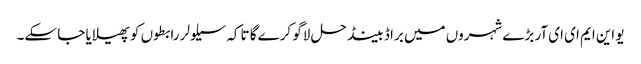
یو این ایم ای ای آر بڑے شہروں میں براڈ بینڈ حل لاگو کرے گا تاکہ سیلولر رابطوں کو پھیلایا جا سکے۔